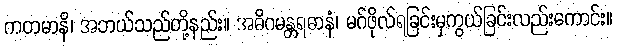
ကတမာနိ၊ အဘယ်သည်တို့နည်း။ အဓိဂမန္တရဓာနံ၊ မဂ်ဖိုလ်ရခြင်းမှကွယ်ခြင်းလည်းကောင်း။